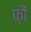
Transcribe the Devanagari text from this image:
फ़ौं